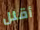
أقلل